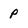
Character: P